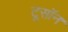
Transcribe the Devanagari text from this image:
टूसॉन